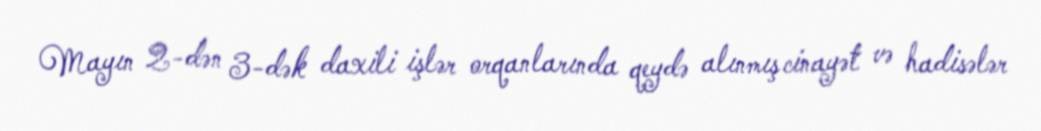
Mayın 2-dən 3-dək daxili işlər orqanlarında qeydə alınmış cinayət və hadisələr